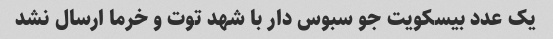
یک عدد بیسکویت جو سبوس دار با شهد توت و خرما ارسال نشد